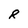
Character: R